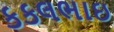
કકલભાઇ